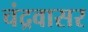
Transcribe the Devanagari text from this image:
चंद्रवासर